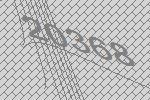
20368